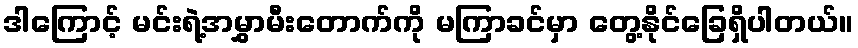
ဒါကြောင့် မင်းရဲ့အမွှာမီးတောက်ကို မကြာခင်မှာ တွေ့နိုင်ခြေရှိပါတယ်။